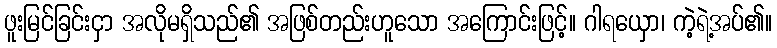
ဖူးမြင်ခြင်းငှာ အလိုမရှိသည်၏ အဖြစ်တည်းဟူသော အကြောင်းဖြင့်။ ဂါရယှော၊ ကဲ့ရဲ့အပ်၏။